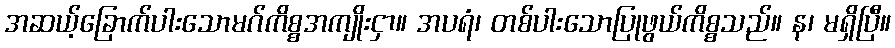
အဆယ့်ခြောက်ပါးသောမဂ်ကိစ္စအကျိုးငှာ။ အပရံ၊ တစ်ပါးသောပြုဖွယ်ကိစ္စသည်။ န၊ မရှိပြီ။